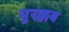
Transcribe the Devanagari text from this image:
मुरक्कब